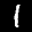
Label: 1